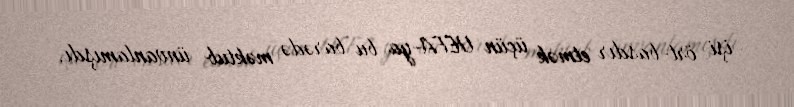
işi ört-basdır etmək üçün UEFA-ya bu barədə məktub ünvanlamışdı.